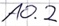
Text: A0.2